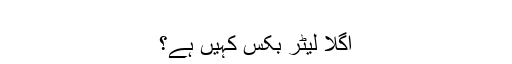
‬
‫اگلا لیٹر بکس کہیں ہے؟